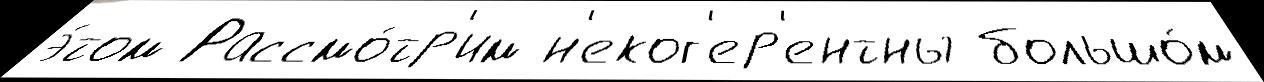
э́том Рассмо́тр'им н'еког'ер'ентны большо́м